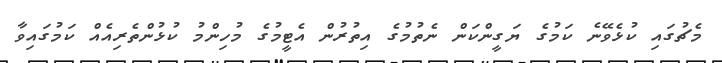
މެޗުގައި ކުޅެވޭނެ ކަމުގެ ޔަގީންކަން ނެތުމުގެ އިތުރުން އެޓީމުގެ މުހިންމު ކުޅުންތެރިއެއް ކަމުގައިވާ